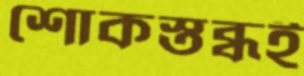
শোকস্তব্ধই